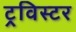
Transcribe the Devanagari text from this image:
ट्रविस्टर